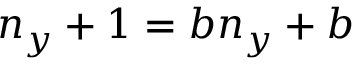
n _ { y } + 1 = b n _ { y } + b